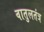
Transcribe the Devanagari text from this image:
वातुलतंत्र